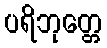
ပရိဘုတ္တေ